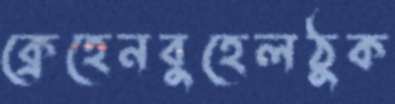
ক্রেহেনবুহেলঠুক